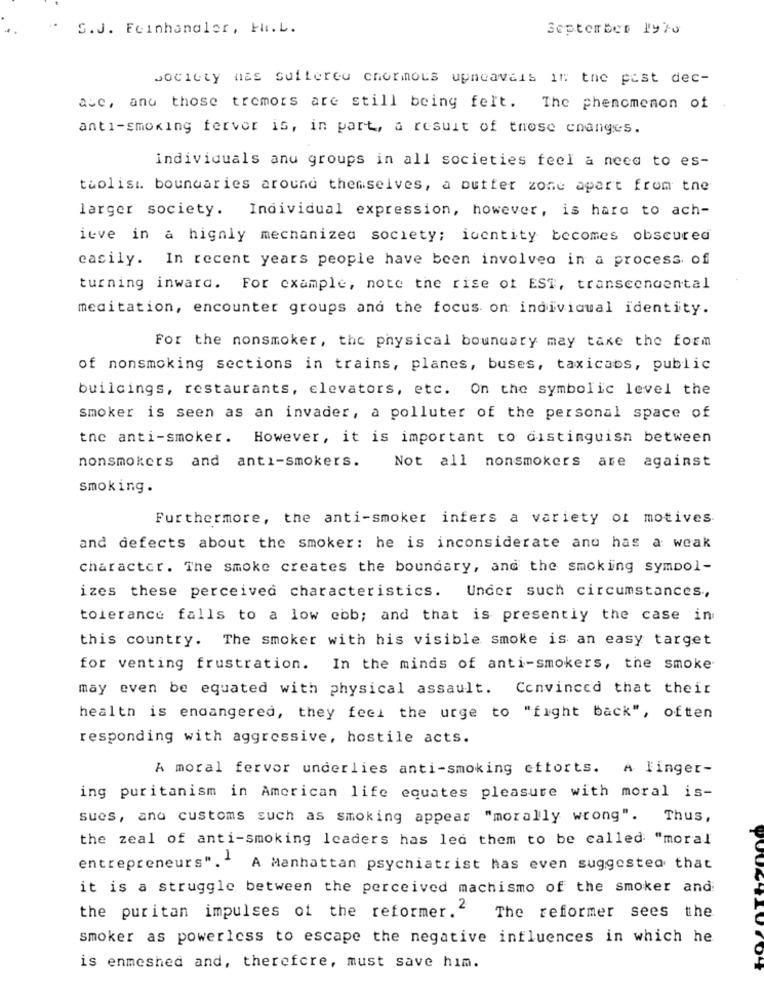
S.J. Feinhandler, F.L.
September 1970
society nas suitereu chormots upneavais in the past dec-
auc, and those tremors are still being felt. The phenomenon of .
anti-smoking fervor is, in part, a result of those changes.
individuals anu groups in all societies feel a need to es-
tuolist. boundaries around themselves, a buffer zone apart from the
larger society. Individual expression, however, is hard to ach-
ieve in a highly mechanizea society; icentity becomes obscured
easily. In recent years people have been involved in a process of
turning inward. For example, note the rise of EST, transcendental
meditation, encounter groups and the focus on individual identity.
For the nonsmoker, the physical boundary may taxe the form
of nonsmoking sections in trains, planes, buses, taxicabs, public
buildings, restaurants, elevators, etc. On the symbolic level the
smoker is seen as an invader, a polluter of the personal space of
the anti-smoker. However, it is important to distinguish between
nonsmokers and anti-smokers.
Not all nonsmokers
are against
Smoking.
Furthermore, the anti-smoker infers a variety of motives
and defects about the smoker: he is inconsiderate and has a weak
character. The smoke creates the boundary, and the smoking symbol-
izes these perceived characteristics. Under such circumstances,
tolerance falls to a low ebb; and that is presently the case in
this country. The smoker with his visible smoke is an easy target
for venting frustration. In the minds of anti-smokers, the smoke
may even be equated with physical assault. Convinced that their
health is endangered, they feel the urge to "fight back", often
responding with aggressive, hostile acts.
A moral fervor underlies anti-smoking efforts. A linger-
ing puritanism in American life equates pleasure with moral is-
sues, and customs such as smoking appear "morally wrong". Thus,
the zeal of anti-smoking Icaders has led them to be called "moral
entrepreneurs"." A Manhattan psychiatrist has even suggested that
it is a struggle between the perceived machismo of the smoker and
the puritan impulses of the reformer."
The reformer sees the
smoker as powerless to escape the negative influences in which he
is enmeshed and, therefore, must save him.